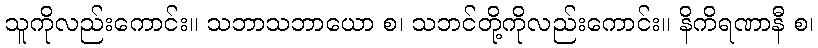
သူကိုလည်းကောင်း။ သဘာသဘာယော စ၊ သဘင်တို့ကိုလည်းကောင်း။ နိကိရဏာနီ စ၊